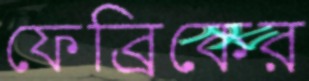
ফেব্রিকের